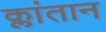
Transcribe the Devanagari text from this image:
क्लांतान